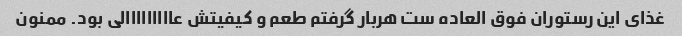
غذای این رستوران فوق العاده ست هربار گرفتم طعم و کیفیتش عااااااااالی بود. ممنون